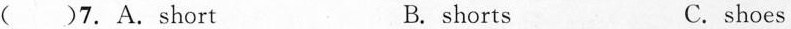
( )7.A.Short B. shorts C.shoes